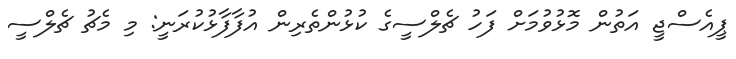
ޕީއެސްޖީ އަތުން މޮޅުވުމަށް ފަހު ޗެލްސީގެ ކުޅުންތެރިން އުފާފާޅުކުރަނީ: މި މެޗު ޗެލްސީ